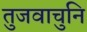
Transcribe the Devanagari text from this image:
तुजवाचुनि